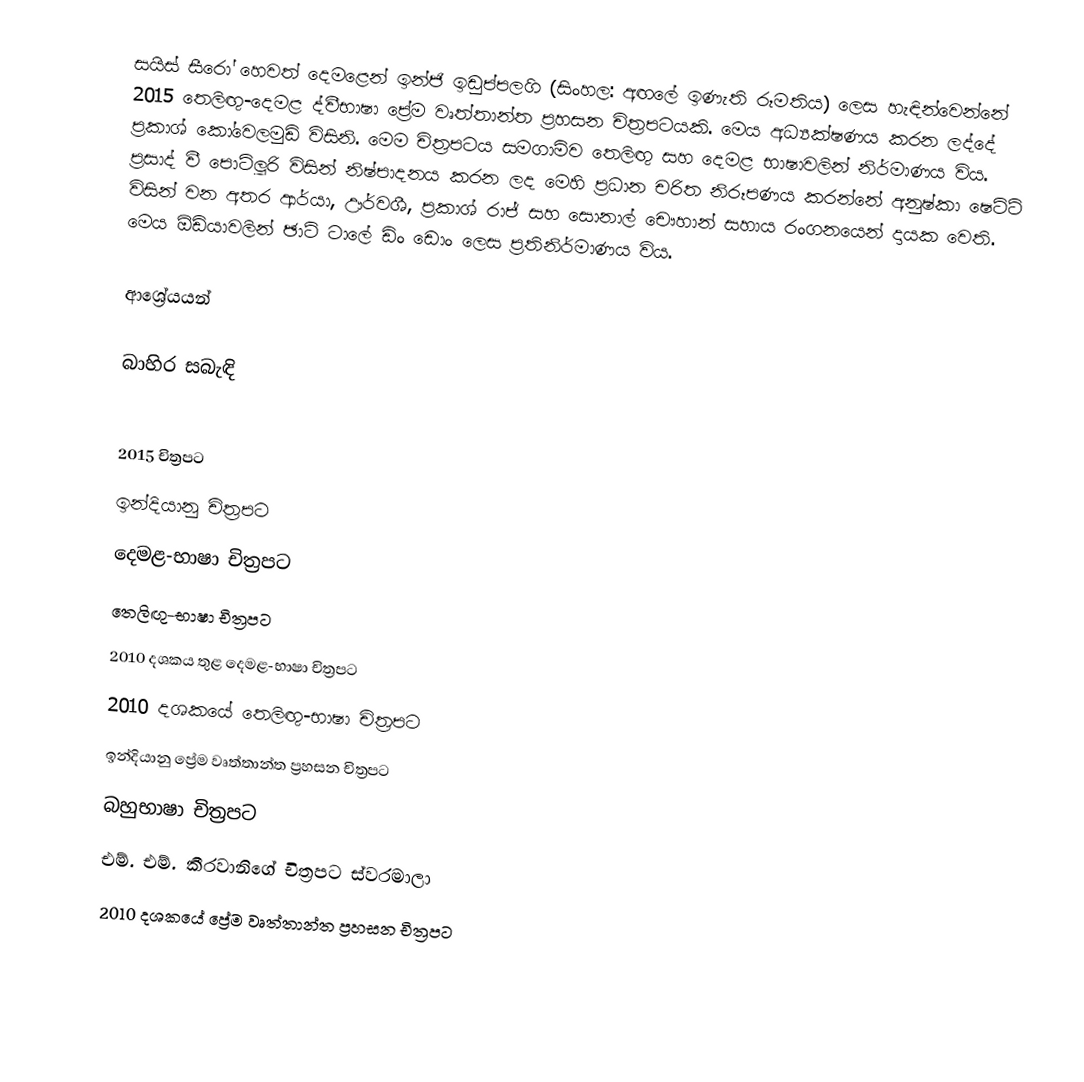
සයිස් සීරෝ හෙවත් දෙමළෙන් ඉන්ජි ඉඩුප්පලගි (සිංහල: අඟලේ ඉණැති රූමතිය) ලෙස හැඳින්වෙන්නේ 2015 තෙලිඟු-දෙමළ ද්වීභාෂා ප්‍රේම වෘත්තාන්ත ප්‍රහසන චිත්‍රපටයකි. මෙය අධ්‍යක්ෂණය කරන ලද්දේ ප්‍රකාශ් කෝවෙලමුඩි විසිනි. මෙම චිත්‍රපටය සමගාමිව තෙලිඟු සහ දෙමළ භාෂාවලින් නිර්මාණය විය. ප්‍රසාද් වී පොට්ලූරි විසින් නිෂ්පාදනය කරන ලද මෙහි ප්‍රධාන චරිත නිරූපණය කරන්නේ අනුෂ්කා ෂෙට්ටි විසින් වන අතර ආර්යා, ඌර්වශී, ප්‍රකාශ් රාජ් සහ සොනාල් චෞහාන් සහාය රංගනයෙන් දායක වෙති. මෙය ඕඩියාවලින් ඡාටි ටාලේ ඩිං ඩොං ලෙස ප්‍රතිනිර්මාණය විය.

ආශ්‍රේයයන්

බාහිර සබැඳි

2015 චිත්‍රපට
ඉන්දියානු චිත්‍රපට
දෙමළ-භාෂා චිත්‍රපට
තෙලිඟු-භාෂා චිත්‍රපට
2010 දශකය තුළ දෙමළ-භාෂා චිත්‍රපට
2010 දශකයේ තෙලිඟු-භාෂා චිත්‍රපට
ඉන්දියානු ප්‍රේම වෘත්තාන්ත ප්‍රහසන චිත්‍රපට
බහුභාෂා චිත්‍රපට
එම්. එම්. කීරවානිගේ චිත්‍රපට ස්වරමාලා
2010 දශකයේ ප්‍රේම වෘත්තාන්ත ප්‍රහසන චිත්‍රපට